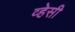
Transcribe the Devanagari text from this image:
व्हेसी